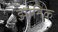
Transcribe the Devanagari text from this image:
झानिक